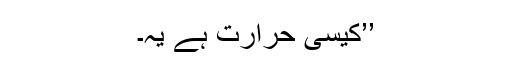
’’کیسی حرارت ہے یہ۔